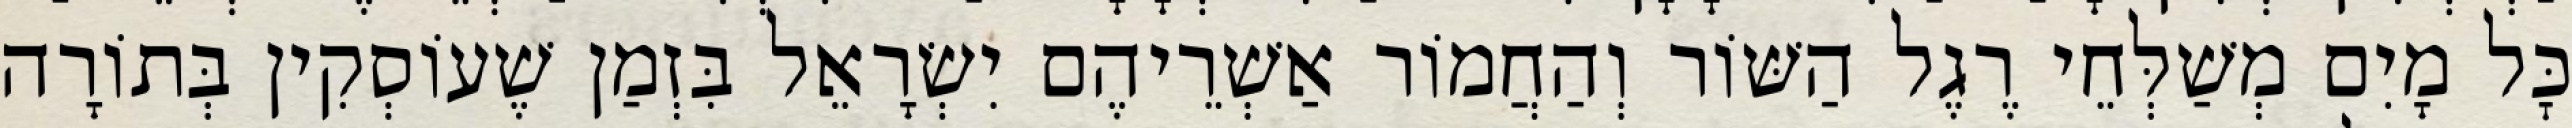
כׇּל מָיִם מְשַׁלְּחֵי רֶגֶל הַשּׁוֹר וְהַחֲמוֹר אַשְׁרֵיהֶם יִשְׂרָאֵל בִּזְמַן שֶׁעוֹסְקִין בְּתוֹרָה